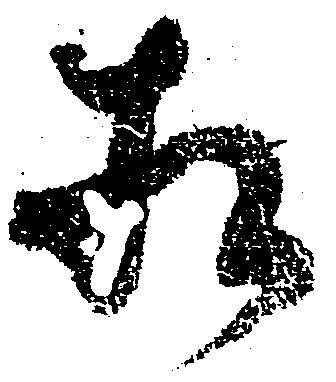
相